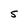
Character: 5